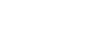
ကိုယ်ရေး